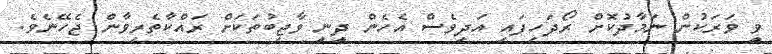
ވީ ވަރަކުން ނަމާދުކޮށް ރޯދަހިފައި އަދިވެސް އެހެން ދީނީ ވާޖިބުތަކަށް ރައްކާތެރިވާން ޖެހޭނެވެ.